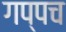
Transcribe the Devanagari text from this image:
गप्पच